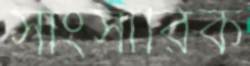
সাংসারিক